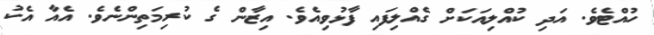
ހުއްޓެވެ. އަދި ކުއްލިއަކަށް ގެއްލިފައި ފާޅުވިއެވެ. އިޒާން ގެ ކުރިމަތިންނެވެ. އެއާ އެކު